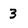
Character: 3